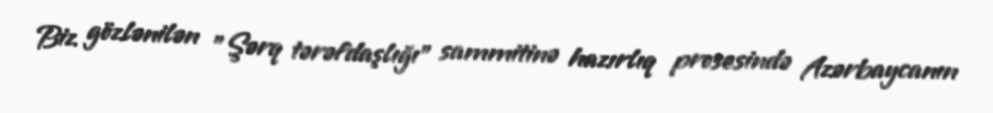
Biz gözlənilən "Şərq tərəfdaşlığı" sammitinə hazırlıq prosesində Azərbaycanın